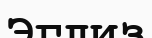
Эглиз